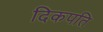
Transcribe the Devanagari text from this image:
दिकपति